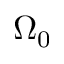
\Omega _ { 0 }